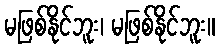
မဖြစ်နိုင်ဘူး၊ မဖြစ်နိုင်ဘူး။